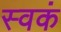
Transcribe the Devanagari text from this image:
स्वकं